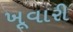
ખૂવારી